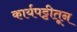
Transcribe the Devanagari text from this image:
कार्यपट्टीतून